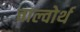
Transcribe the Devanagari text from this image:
वाल्वोर्थ